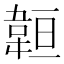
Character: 𩎨